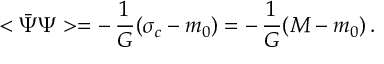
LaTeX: < \bar { \Psi } \Psi > = - \, { \frac { 1 } { G } } ( \sigma _ { c } - m _ { 0 } ) = - \, { \frac { 1 } { G } } ( M - m _ { 0 } ) \, .